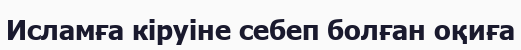
Исламға кіруіне себеп болған оқиға